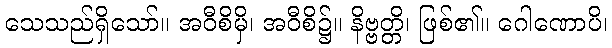
သေသည်ရှိသော်။ အဝီစိမှိ၊ အဝီစိ၌။ နိဗ္ဗတ္တိ၊ ဖြစ်၏။ ဂေါဏောပိ၊